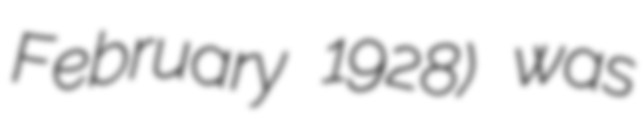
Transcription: February 1928) was